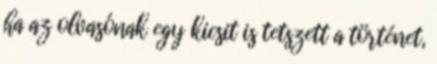
ha az olvasónak egy kicsit is tetszett a történet,